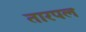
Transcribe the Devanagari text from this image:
तारपल